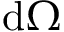
\mathrm { d } \Omega